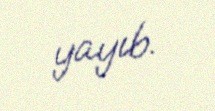
yayıb.